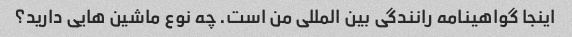
اینجا گواهینامه رانندگی بین المللی من است. چه نوع ماشین هایی دارید؟